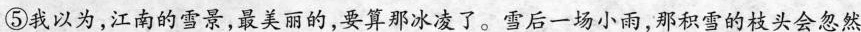
⑤我以为，江南的雪景，最美丽的，要算那冰凌了。雪后一场小雨，那积雪的枝头会忽然